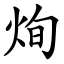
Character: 㶷